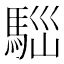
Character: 𩣃